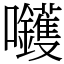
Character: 𡆇